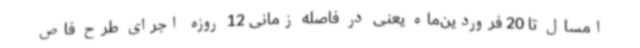
امسال تا 20 فروردین‌ماه یعنی در فاصله زمانی 12 روزه اجرای طرح فاص